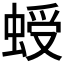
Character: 𧌅